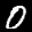
Label: 0